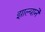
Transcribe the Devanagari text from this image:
झाल्यानॆ